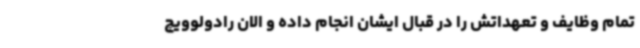
تمام وظایف و تعهداتش را در قبال ایشان انجام داده و الان رادولوویچ